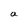
Character: a